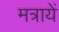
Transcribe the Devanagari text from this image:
मत्रायें